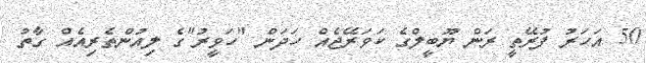
50 އަހަރު ފުރޭތީ ރަން ޔޫބީލްގެ ކަވަރޭޖެއް ހަދަން "ހަވީރު"ގެ ލިއުންތެރިއެއް ގާތު